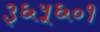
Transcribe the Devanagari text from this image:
३६५६०१